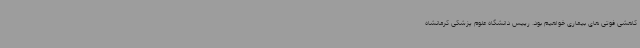
کاهشی فوتی های بیماری خواهیم بود. رییس دانشگاه علوم پزشکی کرمانشاه